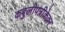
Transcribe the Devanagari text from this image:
कबुलीपत्रीकेवर